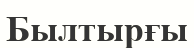
Былтырғы